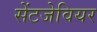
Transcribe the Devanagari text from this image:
सेंटजेवियर